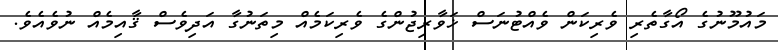
މައުމޫނުގެ އޯގާތެރި ވެރިކަން ވެއްޓުނަސް ޚަވާރިޖުންގެ ވެރިކަމެއް މިތަނުގާ އަދިވެސް ޤާއިމެއް ނުވެއެވެ.